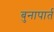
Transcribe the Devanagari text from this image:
बुनापार्त